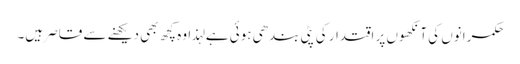
حکمرانوں کی آنکھوں پر اقتدار کی پٹی بندھی ہوئی ہے لہذا وہ کچھ بھی دیکھنے سے قاصر ہیں۔